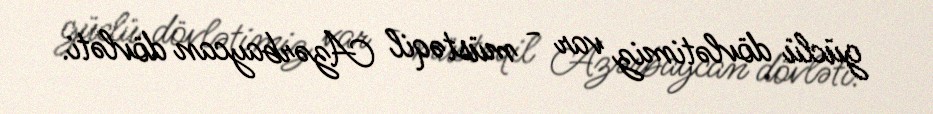
güclü dövlətimiz var - müstəqil Azərbaycan dövləti.